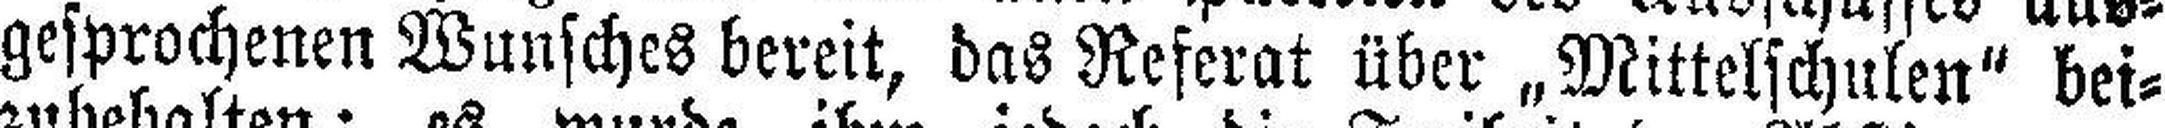
gesprochenen Wunsches bereit, das Referat über „Mittelschulen" bei¬